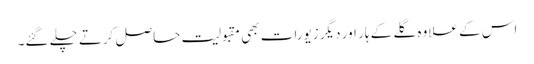
اس کے علاوہ گلے کے ہار اور دیگر زیورات بھی مقبولیت حاصل کرتے چلے گئے۔